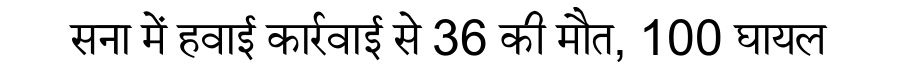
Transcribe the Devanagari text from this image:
सना में हवाई कार्रवाई से 36 की मौत, 100 घायल